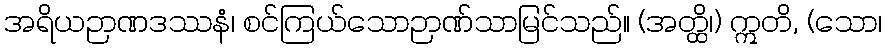
အရိယဉာဏဒဿနံ၊ စင်ကြယ်သောဉာဏ်သာမြင်သည်။ (အတ္ထိ၊) ဣတိ, (သော၊